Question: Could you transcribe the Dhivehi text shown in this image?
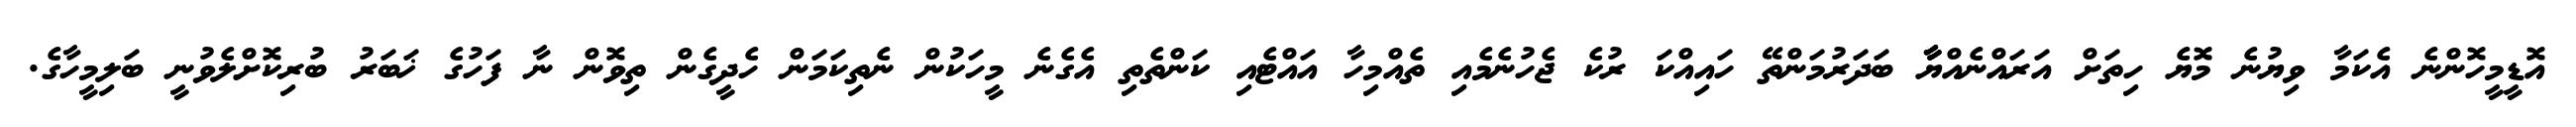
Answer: އޮޑީމީހޮންނެ އެކަމާ ވިޔުނެ މޮޔެ ހިތަށް އަރައްނެއްޔާާާ ބަދަރުމަންތޭ ހައިއްކަ ރުކެ ޖެހުނެމެއި ތެއްމިހާ އައްޓެއި ކަންތެތި އެގެނެ މީހަކުން ނެތިކަމަން ހެދީގެން ތިވޮން ނާ ފަހުގެ ޚަބަރު ބުރިކޮށްލެވުނީ ބަލިމީހާގެ.